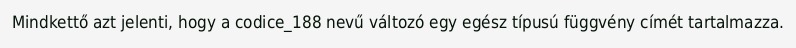
Mindkettő azt jelenti, hogy a codice_188 nevű változó egy egész típusú függvény címét tartalmazza.